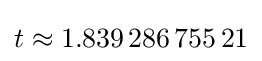
t\approx 1.839\,286\,755\,21